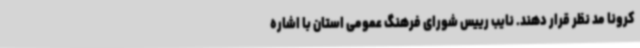
کرونا مد نظر قرار دهند.‌ نایب رییس شورای فرهنگ عمومی استان با اشاره